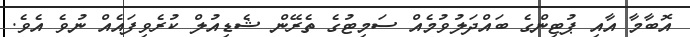
އޮބާމާ އާއި ޕުޓިންގެ ބައްދަލުވުމެއް ސަމިޓުގެ ތެރޭން ޝެޑިއުލް ކުރެވިފައެއް ނުވެ އެވެ.